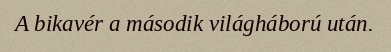
A bikavér a második világháború után.